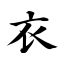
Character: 衣